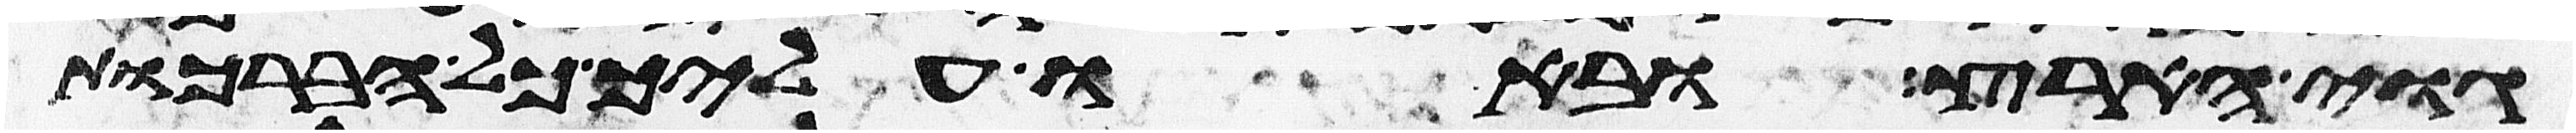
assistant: גוי הארץ ובאו עליך כל הברכות